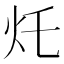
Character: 灹